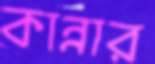
কান্নার